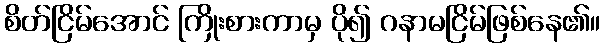
စိတ်ငြိမ်အောင် ကြိုးစားကာမှ ပို၍ ဂနာမငြိမ်ဖြစ်နေ၏။